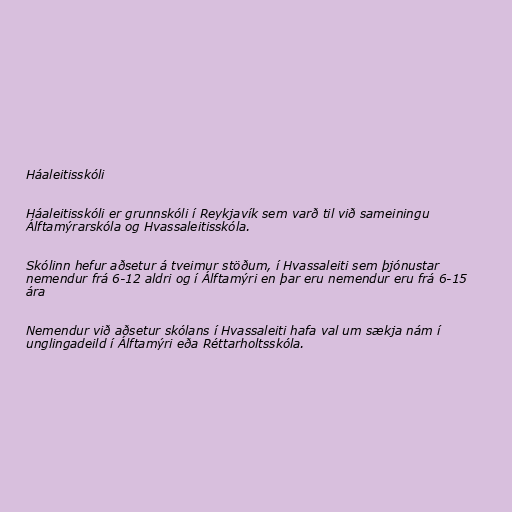
Háaleitisskóli

Háaleitisskóli er grunnskóli í Reykjavík sem varð til við sameiningu
Álftamýrarskóla og Hvassaleitisskóla.

Skólinn hefur aðsetur á tveimur stöðum, í Hvassaleiti sem þjónustar
nemendur frá 6-12 aldri og í Álftamýri en þar eru nemendur eru frá 6-15
ára

Nemendur við aðsetur skólans í Hvassaleiti hafa val um sækja nám í
unglingadeild í Álftamýri eða Réttarholtsskóla.